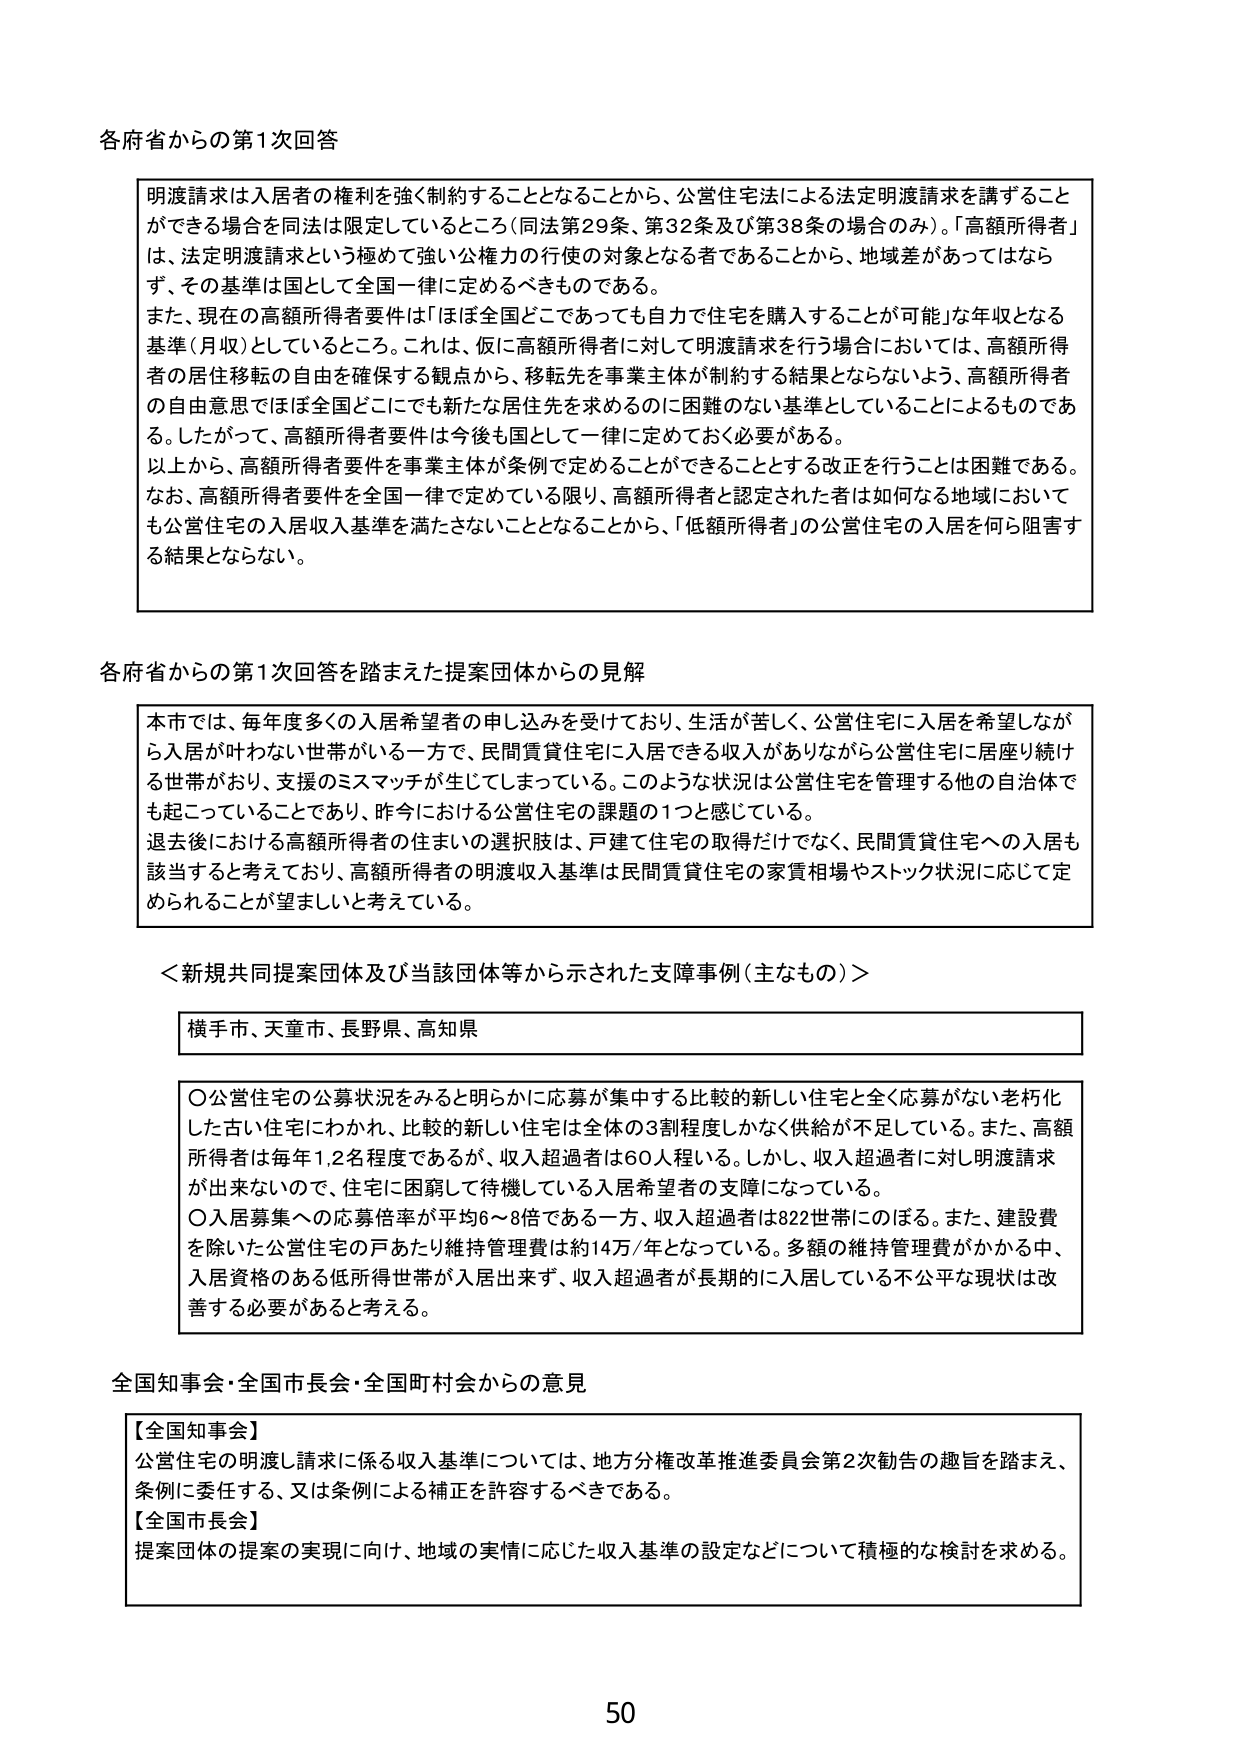
各府省からの第1次回答

明渡請求は入居者の権利を強く制約することとなることから、公営住宅法による法定明渡請求を講ずることができ る場合を同法は限定しているところ（同法第29条、第32条及び第38条の場合のみ）。「高額所得者」 は、法定明渡請求という極めて強い公権力の行使の対象となる者であることから、地域差があってはなら ず、その基準は国として全国一律に定めるべきものである。
また、現在の高額所得者要件は「ほぼ全国どこであっても自力で住宅を購入することが可能」な年収となる 基準（月収）としているところ。これは、仮に高額所得者に対して明渡請求を行う場合においては、高額所得 者の居住移転の自由を確保する観点から、移転先を事業主体が制約する結果とならないよう、高額所得者 の自由意思ではほぼ全国どこにでも新たな居住先を求めるのに困難のない基準としていることによるものであ る。したがって、高額所得者要件は今後も国として一律に定めておく必要がある。
以上から、高額所得者要件を事業主体が条例で定めることができることとする改正を行うことは困難である。 なお、高額所得者要件を全国一律で定めている限り、高額所得者と認定された者は如何なる地域において も公営住宅の入居収入基準を満たさないこととなることから、「低額所得者」の公営住宅の入居を何ら阻害す る結果とならない。

各府省からの第1次回答を踏まえた提案団体からの見解

本市では、毎年度多くの入居希望者の申し込みを受けており、生活が苦しく、公営住宅に入居を希望しなが ら入居が叶わない世帯がいる一方で、民間賃貸住宅に入居できる収入がありながら公営住宅に居座り続け る世帯がおり、支援のミスマッチが生じてしまっている。このような状況は公営住宅を管理する他の自治体で も起こっていることであり、昨今における公営住宅の課題の1つと感じている。
退去後における高額所得者の住まいの選択肢は、戸建て住宅の取得だけでなく、民間賃貸住宅への入居も 該当すると考えており、高額所得者の明渡収入基準は民間賃貸住宅の家賃相場やストック状況に応じて定 められることが望ましいと考えている。

＜新規共同提案団体及び当該団体等から示された支障事例（主なもの）＞

横手市、天童市、長野県、高知県

○公営住宅の公募状況をみると明らかに応募が集中する比較的新しい住宅と全く応募がない老朽化 した古い住宅にわかれて、比較的新しい住宅は全体の3割程度しかなく供給が不足している。また、高額 所得者は毎年1.2名程度であるが、収入超過者は60人程いる。しかし、収入超過者に対し明渡請求 が出来ないので、住宅に困窮して待機している入居希望者の支障になっている。
○入居募集への応募倍率が平均6～8倍である一方、収入超過者は822世帯にのぼる。また、建設費 を除いた公営住宅の戸あたり維持管理費は約14万/年となっている。多額の維持管理費がかかる中、 入居資格のある低所得世帯が入居出来ず、収入超過者が長期的に入居している不公平な現状は改 善する必要があると考える。

全国知事会・全国市長会・全国町村会からの意見

【全国知事会】
公営住宅の明渡請求に係る収入基準については、地方分権改革推進委員会第2次勧告の趣旨を踏まえ、 条例に委任する、又は条例による補正を許容するべきである。
【全国市長会】
提案団体の提案の実現に向け、地域の実情に応じた収入基準の設定などについて積極的な検討を求める。

50